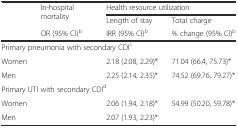
<table><thead><tr><td rowspan="3">[EMPTY_CELL]</td><td rowspan="2"><b>In-hospital mortality</b></td><td colspan="2"><b>Health resource utilization</b></td></tr><tr><td><b>Length of stay</b></td><td><b>Total charge</b></td></tr><tr><td><b>OR (95% CI)<sup>b</sup></b></td><td><b>IRR (95% CI)<sup>b</sup></b></td><td><b>% change (95% CI)<sup>b</sup></b></td></tr></thead><tbody><tr><td colspan="4">Primary pneumonia with secondary CDI<sup>c</sup></td></tr><tr><td>Women</td><td>[EMPTY_CELL]</td><td>2.18 (2.08, 2.29)*</td><td>71.04 (66.4, 75.73)*</td></tr><tr><td>Men</td><td>[EMPTY_CELL]</td><td>2.25 (2.14, 2.35)*</td><td>74.52 (69.76, 79.27)*</td></tr><tr><td colspan="4">Primary UTI with secondary CDI<sup>d</sup></td></tr><tr><td>Women</td><td>[EMPTY_CELL]</td><td>2.06 (1.94, 2.18)*</td><td>54.99 (50.20, 59.78)*</td></tr><tr><td>Men</td><td>[EMPTY_CELL]</td><td>2.07 (1.93, 2.23)*</td><td>[EMPTY_CELL]</td></tr></tbody></table>